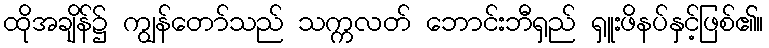
ထိုအချိန်၌ ကျွန်တော်သည် သက္ကလတ် ဘောင်းဘီရှည် ရှူးဖိနပ်နှင့်ဖြစ်၏။